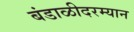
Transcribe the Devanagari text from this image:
बंडाळीदरम्यान